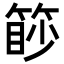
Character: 篎